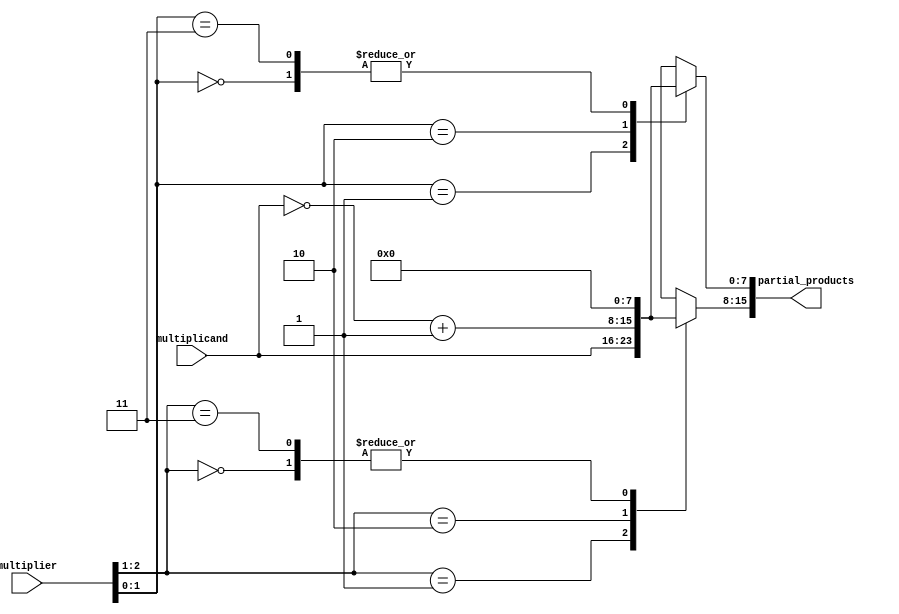
module booth_encoder(
    input [N-1:0] multiplicand,
    input [N-1:0] multiplier,
    output reg [2*N-1:0] partial_products
);
    parameter N = 8; // Bit-width of the operands
    reg [N-1:0] temp_multiplier;
    integer i;

    always @(*) begin
        partial_products = 0;
        temp_multiplier = {1'b0, multiplier}; // Add an extra bit for Booth's algorithm

        for (i = 0; i < N; i = i + 1) begin
            case (temp_multiplier[i+1:i])
                2'b00: partial_products[(i*N)+:N] = 0; // 0
                2'b01: partial_products[(i*N)+:N] = multiplicand; // +1
                2'b10: partial_products[(i*N)+:N] = ~multiplicand + 1; // -1
                2'b11: partial_products[(i*N)+:N] = 0; // No action for two 1s
            endcase
        end
    end
endmodule